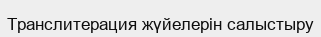
Транслитерация жүйелерін салыстыру